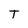
Character: T